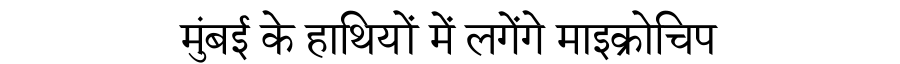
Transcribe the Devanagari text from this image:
मुंबई के हाथियों में लगेंगे माइक्रोचिप